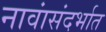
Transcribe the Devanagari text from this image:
नावांसंदर्भात